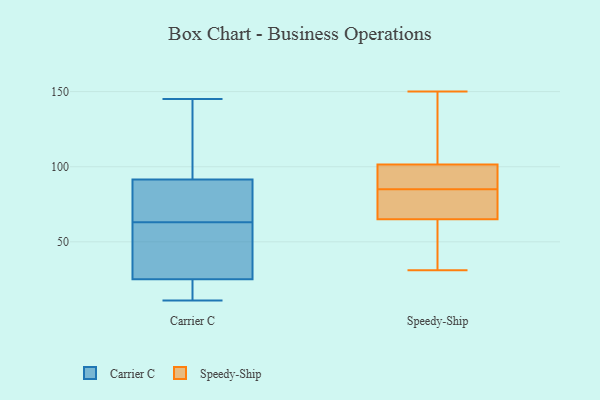
{"axis": {"x": "Waste Production (Tons)", "y": "Value"}, "legend": ["Carrier C", "Speedy-Ship"], "data": [{"x": "", "y": 22, "type": "Carrier C"}, {"x": "", "y": 17, "type": "Carrier C"}, {"x": "", "y": 74, "type": "Carrier C"}, {"x": "", "y": 104, "type": "Carrier C"}, {"x": "", "y": 145, "type": "Carrier C"}, {"x": "", "y": 81, "type": "Carrier C"}, {"x": "", "y": 104, "type": "Carrier C"}, {"x": "", "y": 12, "type": "Carrier C"}, {"x": "", "y": 68, "type": "Carrier C"}, {"x": "", "y": 26, "type": "Carrier C"}, {"x": "", "y": 42, "type": "Carrier C"}, {"x": "", "y": 63, "type": "Carrier C"}, {"x": "", "y": 102, "type": "Carrier C"}, {"x": "", "y": 58, "type": "Carrier C"}, {"x": "", "y": 11, "type": "Carrier C"}, {"x": "", "y": 88, "type": "Carrier C"}, {"x": "", "y": 50, "type": "Carrier C"}, {"x": "", "y": 67, "type": "Speedy-Ship"}, {"x": "", "y": 86, "type": "Speedy-Ship"}, {"x": "", "y": 130, "type": "Speedy-Ship"}, {"x": "", "y": 87, "type": "Speedy-Ship"}, {"x": "", "y": 71, "type": "Speedy-Ship"}, {"x": "", "y": 31, "type": "Speedy-Ship"}, {"x": "", "y": 146, "type": "Speedy-Ship"}, {"x": "", "y": 63, "type": "Speedy-Ship"}, {"x": "", "y": 89, "type": "Speedy-Ship"}, {"x": "", "y": 38, "type": "Speedy-Ship"}, {"x": "", "y": 149, "type": "Speedy-Ship"}, {"x": "", "y": 150, "type": "Speedy-Ship"}, {"x": "", "y": 80, "type": "Speedy-Ship"}, {"x": "", "y": 41, "type": "Speedy-Ship"}, {"x": "", "y": 80, "type": "Speedy-Ship"}, {"x": "", "y": 84, "type": "Speedy-Ship"}, {"x": "", "y": 50, "type": "Speedy-Ship"}, {"x": "", "y": 91, "type": "Speedy-Ship"}, {"x": "", "y": 110, "type": "Speedy-Ship"}, {"x": "", "y": 93, "type": "Speedy-Ship"}]}